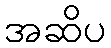
အဆိပ